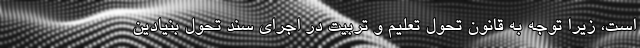
است، زیرا توجه به قانون تحول تعلیم و تربیت در اجرای سند تحول بنیادین